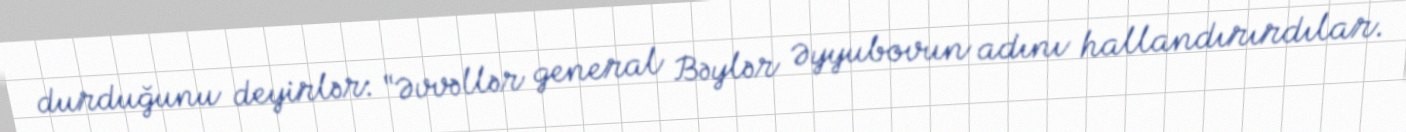
durduğunu deyirlər: “Əvvəllər general Bəylər Əyyubovun adını hallandırırdılar.